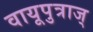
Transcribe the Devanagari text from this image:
वायूपुत्राज्